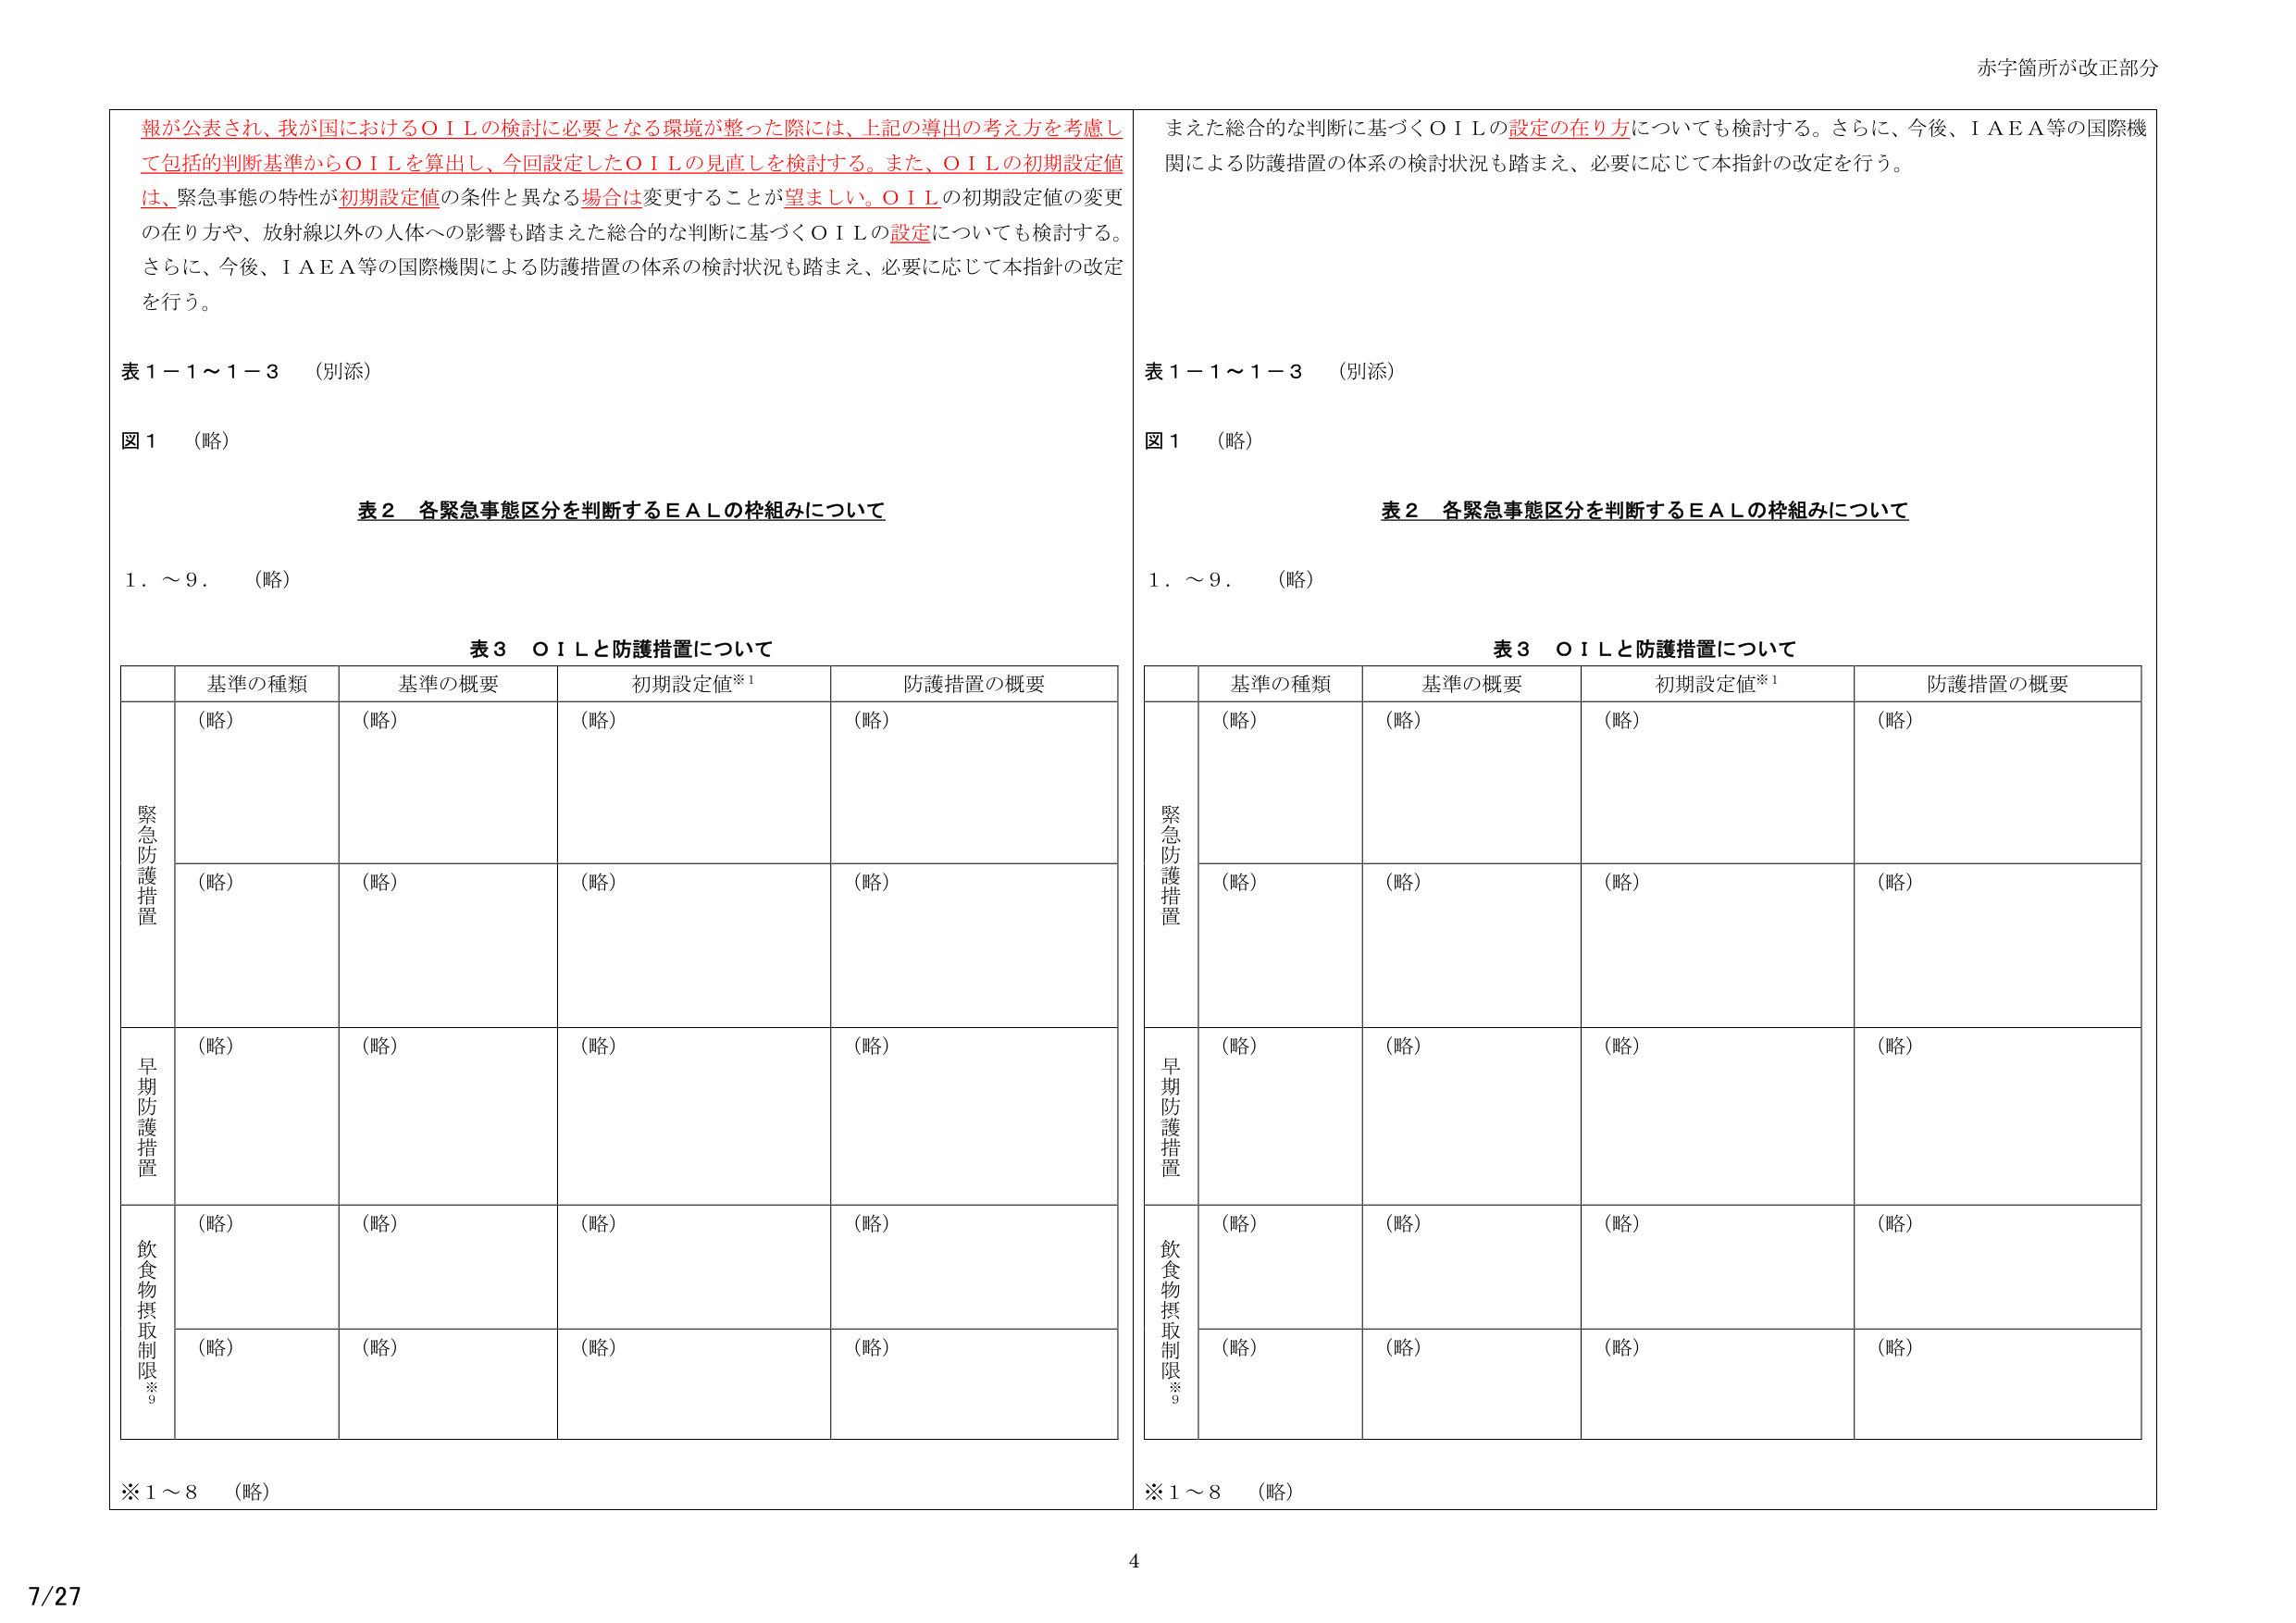
赤字箇所が改正部分

報が公表され、我が国におけるＯＩＬの検討に必要となる環境が整った際には、上記の導出の考え方を考慮して包括的判断基準からＯＩＬを算出し、今回設定したＯＩＬの見直しを検討する。また、ＯＩＬの初期設定値は、緊急事態の特性が初期設定値の条件と異なる場合は変更することが望ましい。ＯＩＬの初期設定値の変更の在り方や、放射線以外の人体への影響も踏まえた総合的な判断に基づくＯＩＬの設定についても検討する。さらに、今後、ＩＡＥＡ等の国際機関による防護措置の体系の検討状況も踏まえ、必要に応じて本指針の改定を行う。

表１－１～１－３　（別添）

図１　（略）

表２　各緊急事態区分を判断するＥＡＬの枠組みについて

１．～９．　（略）

表３　ＯＩＬと防護措置について

| | 基準の種類 | 基準の概要 | 初期設定値※¹ | 防護措置の概要 |
|---|---|---|---|---|
| 緊急防護措置 | （略） | （略） | （略） | （略） |
| | （略） | （略） | （略） | （略） |
| 早期防護措置 | （略） | （略） | （略） | （略） |
| 飲食物摂取制限※⁹ | （略） | （略） | （略） | （略） |
| | （略） | （略） | （略） | （略） |

※１～８　（略）

また総合的な判断に基づくＯＩＬの設定の在り方についても検討する。さらに、今後、ＩＡＥＡ等の国際機関による防護措置の体系の検討状況も踏まえ、必要に応じて本指針の改定を行う。

表１－１～１－３　（別添）

図１　（略）

表２　各緊急事態区分を判断するＥＡＬの枠組みについて

１．～９．　（略）

表３　ＯＩＬと防護措置について

| | 基準の種類 | 基準の概要 | 初期設定値※¹ | 防護措置の概要 |
|---|---|---|---|---|
| 緊急防護措置 | （略） | （略） | （略） | （略） |
| | （略） | （略） | （略） | （略） |
| 早期防護措置 | （略） | （略） | （略） | （略） |
| 飲食物摂取制限※⁹ | （略） | （略） | （略） | （略） |
| | （略） | （略） | （略） | （略） |

※１～８　（略）

7/27
4